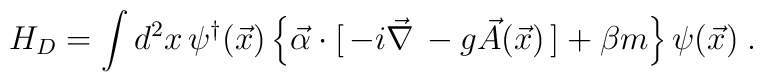
H_D  =  \int d^2x \, \psi^{\dagger}(\vec{x})  \left\{  \vec{\alpha} \cdot [ \, -i \vec{\nabla} \, - g \vec{A}(\vec{x}) \,] + \beta m  \right\} \psi(\vec{x})  \; .